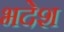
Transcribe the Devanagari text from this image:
भदेश